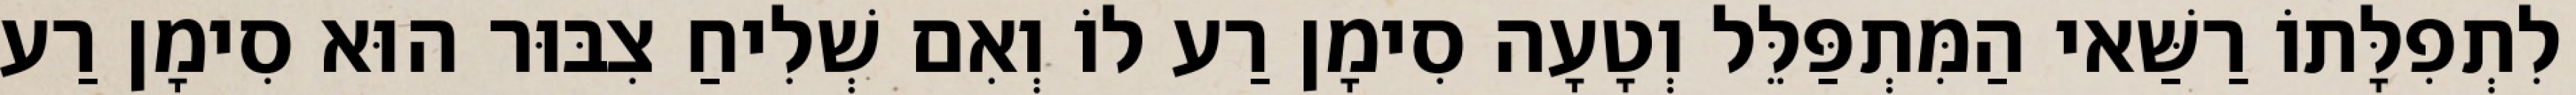
לִתְפִלָּתוֹ רַשַּׁאי הַמִּתְפַּלֵּל וְטָעָה סִימָן רַע לוֹ וְאִם שְׁלִיחַ צִבּוּר הוּא סִימָן רַע